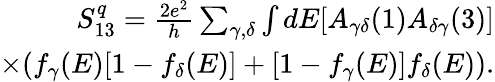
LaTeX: \begin{array}{r}{{S_{13}^{q}=\frac{2e^{2}}{h}\sum_{\gamma,\delta}\int dE[A_{\gamma\delta}(1)A_{\delta\gamma}(3)]}}\\ {\times{(f_{\gamma}(E)[1-f_{\delta}(E)]+[1-f_{\gamma}(E)]f_{\delta}(E)).}}\end{array}